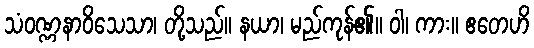
သံဝဏ္ဏနာဝိသေသာ၊ တို့သည်။ နယာ၊ မည်ကုန်၏။ ဝါ၊ ကား။ ဧတေဟိ